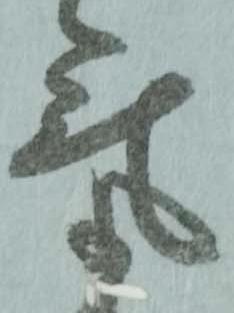
気